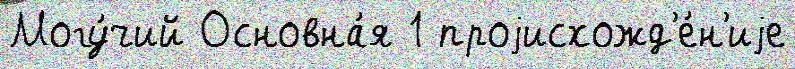
Могу́чий Основна́я 1 проjисхожд'е́н'иjе